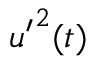
{ u ^ { \prime } } ^ { 2 } ( t )